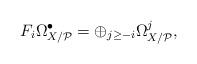
LaTeX: \begin{align*}F_i\Omega^\bullet_{X/\mathcal{P}} = \oplus_{j\geq -i} \Omega^j_{X/\mathcal{P}} ,\end{align*}